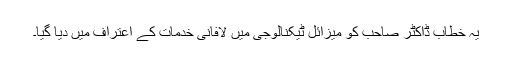
یہ خطاب ڈاکٹر صاحب کو میزائل ٹیکنالوجی میں لافانی خدمات کے اعتراف میں دیا گیا۔